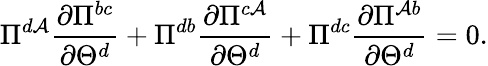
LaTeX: \Pi^{d\mathcal{A}}\frac{{\partial\Pi^{bc}}}{{\partial\Theta^{d}}}+\Pi^{db}\frac{{\partial\Pi^{c\mathcal{A}}}}{{\partial\Theta^{d}}}+\Pi^{dc}\frac{{\partial\Pi^{\mathcal{A}b}}}{{\partial\Theta^{d}}}=0.